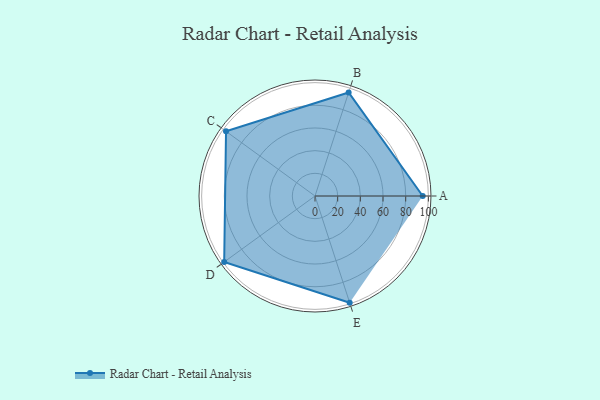
{"axis": {"x": "Skill", "y": "Score"}, "legend": ["Profile"], "data": [{"x": "A", "y": 95.0, "type": "Profile"}, {"x": "B", "y": 96.0, "type": "Profile"}, {"x": "C", "y": 97.0, "type": "Profile"}, {"x": "D", "y": 99, "type": "Profile"}, {"x": "E", "y": 99, "type": "Profile"}]}